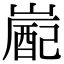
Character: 嶏